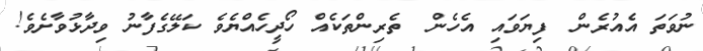
ނުވަތަ އެއުރެން  ފިޔަވައި އެހެން  ތެރިންތަކެއް ހޯދީހެއްޔެވެ ކަލޭގެފާނު ވިދާޅުވާށެވެ!